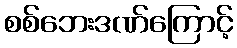
စစ်ဘေးဒဏ်ကြောင့်